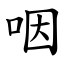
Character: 咽